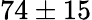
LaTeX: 74\pm 15